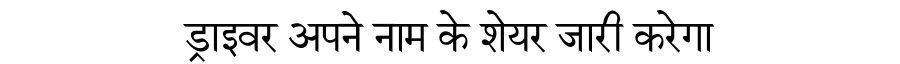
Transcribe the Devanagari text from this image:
ड्राइवर अपने नाम के शेयर जारी करेगा